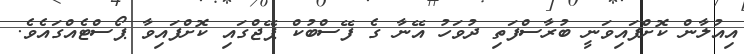
އިއުލާން ކޮށްފައިވަނީ ބުރާސްފަތި ދުވަހު އޭނާ ގެ ފޭސްބުކް ޕޭޖްގައި ކޮށްފައިވާ ޕޯސްޓެއްގައެވެ.